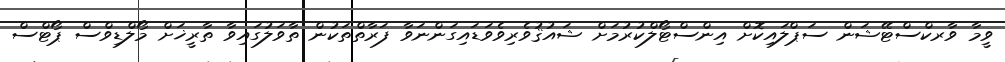
ވީމާ ވާރކްސްޓޭޝަން ސަޕްލައިކޮށް އިންސްޓޯލްކުރުމަށް ޝައުޤުވެރިވެވަޑައިގަންނަވާ ފަރާތްތަކުން ތާވަލުގައިވާ ތާރީޚަށް މޯލްޑިވްސް ޕޯޓްސް